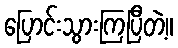
ပြောင်းသွားကြပြီတဲ့။